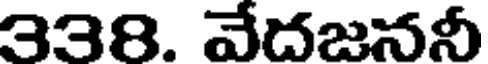
338. వేదజననీ